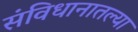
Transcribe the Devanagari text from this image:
संविधानातल्या